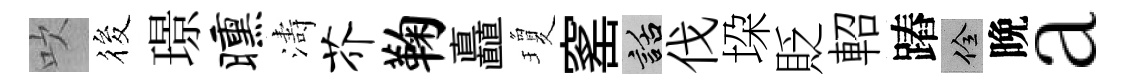
吹筱璟曛濤芥鞠矗瓊窰話伐垜貶軺蹖佺晩a